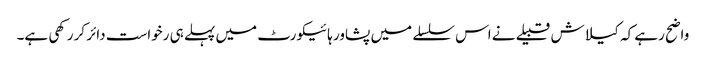
واضح رہے کہ کیلاش قبیلے نے اس سلسلے میں پشاور ہائیکورٹ میں پہلے ہی رخواست دائر کر رکھی ہے۔